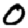
Digit: 0